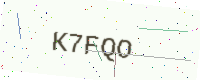
Text: K7FQO